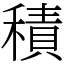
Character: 積